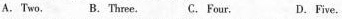
A. Two, B.Three. C.Four. D.Five.